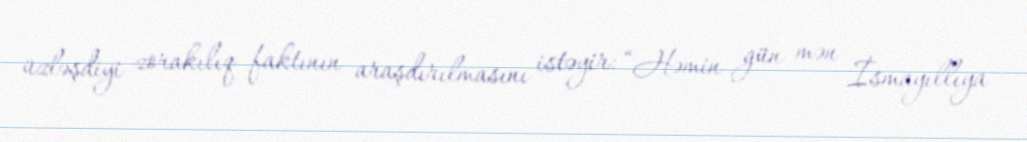
üzləşdiyi zorakılıq faktının araşdırılmasını istəyir: “Həmin gün mən İsmayıllıya